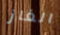
الغاز